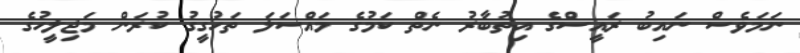
ނަމަވެސް ނައިބު ރައީސްގެ އިތުބާރު ނެތް ކަމުގެ މައްސަލަ ތަހުގީގު ކުރަން މަޖިލީހުގެ